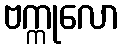
ဗက္ကုလော